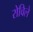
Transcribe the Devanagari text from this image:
रोविले